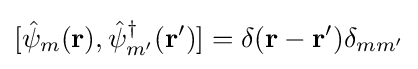
[{\hat {\psi }}_{m}({\bf {r}}),{\hat {\psi }}_{m'}^{\dagger }({\bf {r}}')]=\delta ({\bf {r}}-{\bf {r}}')\delta _{mm'}